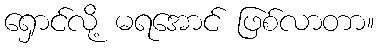
ရှောင်လို့ မရအောင် ဖြစ်လာတာ။